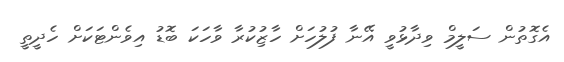
އެގޮތުން ސަލީމް ވިދާޅުވީ އޭނާ ފުލުހަށް ހާޒިުކުރާ ވާހަކަ ބޮޑު އިވެންޓަކަށް ހެދީތީ